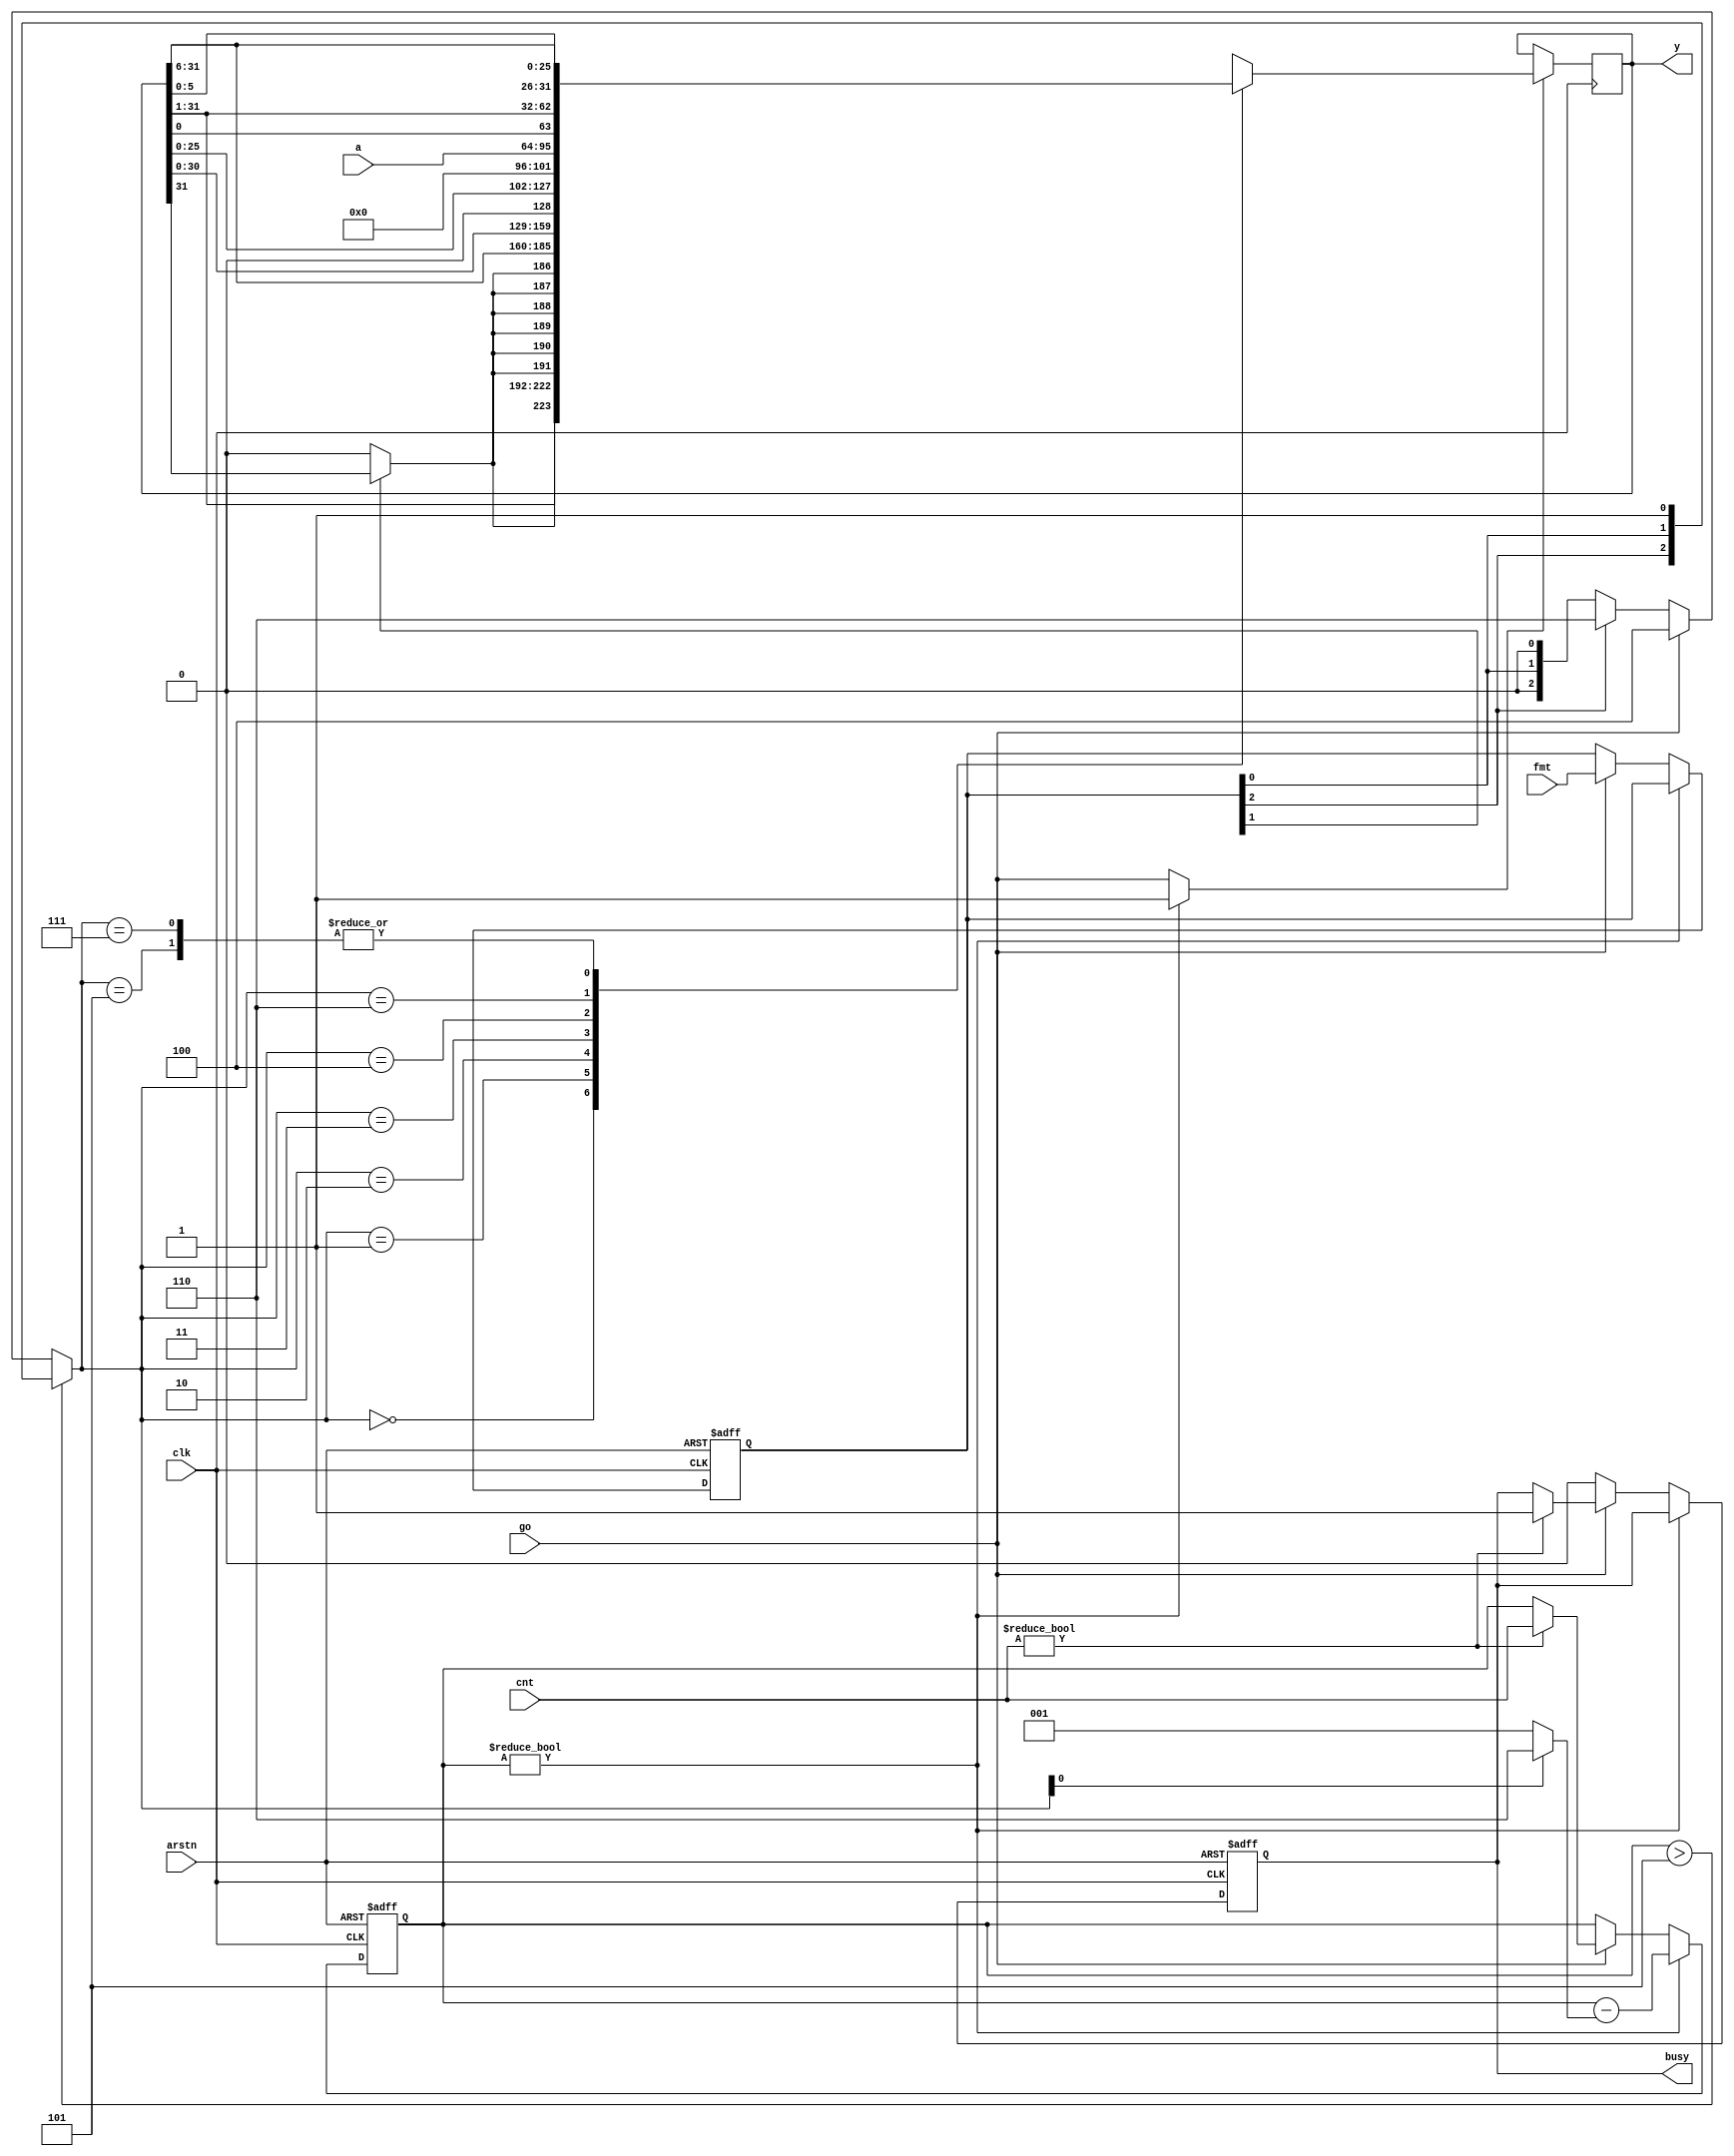
// Iterative shifter                        12/3/2020 BNE
// This code is a gift to Divine Mother and all of creation.

// Shifts are done in 6-bit chunks, then 1-bit steps to finish.
// The idea is to balance execution time with mux usage to use fewer
// FPGA resources yet have a reasonable execution time.

module ishift
#(parameter WIDTH = 32                  // should be 32 to 64
)(
  input wire                clk,
  input wire                arstn,      // async reset (offset low)
  output reg                busy,     	// 0 = ready, 1 = busy
  input wire                go,        	// trigger a shift
  input wire  [2:0]         fmt,     	// 3-bit shift format
  input wire  [5:0]         cnt,     	// 6-bit shift coount
  input wire  [WIDTH-1:0]   a,     	// shifter in
  output reg  [WIDTH-1:0]   y     	// shifter out
);

// formats:
// 000 = logical right shift
// 0x1 = left shift
// 010 = arithmetic right shift
// 1xx = rotate right, 32-bit (for SHA)

  reg [2:0] format;
  wire msb = (format[1]) ? y[WIDTH-1] : 1'b0;
  reg [5:0] remaining;

  reg [2:0] mode;                       // shift type: /2, /64, *2, *64
  always @* begin
    if (remaining > 5)                  // 001 = >>6; 011 = <<6, 1x1 = ror 6
      mode <= {format[2], format[0], 1'b1};
    else if (go)
      mode <= 3'b100;                   // 100 = a
    else if (format[2])
      mode <= 3'b110;                   // 110 = ror 1
    else
      mode <= {1'b0, format[0], 1'b0};  // 000 = >>1; 010 = <<1
  end

  wire [31:0] ror1 = {y[0], y[31:1]};   // rotate right lower 32 bits
  wire [31:0] ror6 = {y[5:0], y[31:6]};

  wire load = (remaining) ? 1'b1 : go;  // clock in a new y value
  always @(posedge clk)
    if (load) begin
      case (mode)
      3'b000: y <= {msb, y[WIDTH-1:1]};
      3'b001: y <= {{6{msb}}, y[WIDTH-1:6]};
      3'b010: y <= {y[WIDTH-2:0], 1'b0};
      3'b011: y <= {y[WIDTH-7:0], 6'b0};
      3'b100: y <= a;
      3'b110: y <= ror1;
      3'b111, 3'b101: y <= ror6;
      endcase
    end

  always @(posedge clk or negedge arstn)
  if (!arstn) begin
    {busy, format, remaining} <= 1'b0;
  end else begin
    if (remaining) begin
      remaining <= remaining - ((mode[0]) ? 6'd6 : 6'd1);
    end else begin
      if (go) begin
        format <= fmt;
        if (cnt) begin
          busy <= 1'b1;
          remaining <= cnt;
        end
      end else
        busy <= 1'b0;
    end
  end

endmodule